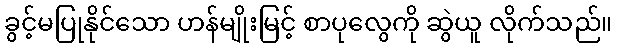
ခွင့်မပြုနိုင်သော ဟန်မျိုးမြင့် စာပုလွေကို ဆွဲယူ လိုက်သည်။